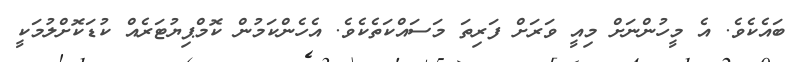
ބައެކެވެ. އެ މީހުންނަށް މިއީ ވަރަށް ފަރިތަ މަސައްކަތެކެވެ. އެހެންކަމުން ކޮމްޕިޔުޓަރެއް ކުޑަކޮށްލުމަކީ